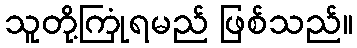
သူတို့ကြုံရမည် ဖြစ်သည်။